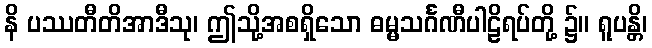
နိ ပဿတီတိအာဒီသု၊ ဤသို့အစရှိသော ဓမ္မသင်္ဂဏီပါဠိရပ်တို့ ၌။ ရူပန္တိ၊